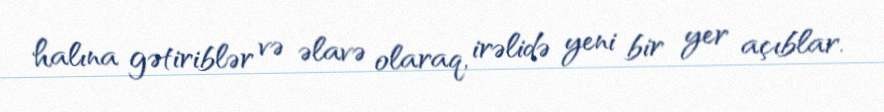
halına gətiriblər və əlavə olaraq, irəlidə yeni bir yer açıblar.